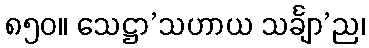
၈၅၀။ သေဋ္ဌာ’သဟာယ သင်္ချာ’ည၊